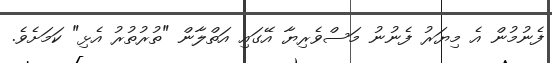
ފެނުމުން އެ މިޔަރު ފެނުނު މަސްވެރިޔާ އޭގައި އަތްލާން "ތުރުތުރު އެޅި" ކަމަށެވެ.